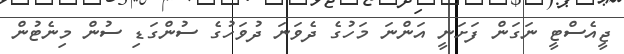
ޖީއެސްޓީ ނަގަން ފަށަނީ އަންނަ މަހުގެ ދެވަނަ ދުވަހުގެ ސުންގަޑި ސުން މިނެޓުން